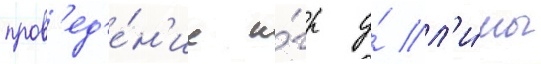
пров'ед'е́н'ие и́гр у́ л'и́мы